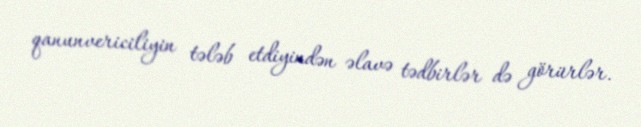
qanunvericiliyin tələb etdiyindən əlavə tədbirlər də görürlər.